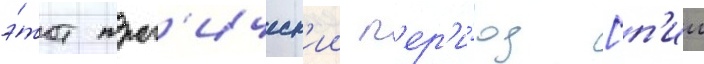
э́тот траг'ическ'ии п'ер'и́од [п'ии